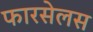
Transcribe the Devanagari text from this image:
फारसेलस